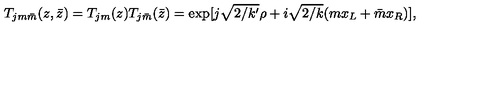
T _ { j m \bar { m } } ( z , \bar { z } ) = T _ { j m } ( z ) T _ { j \bar { m } } ( \bar { z } ) = \exp [ j \sqrt { 2 / k ^ { \prime } } \rho + i \sqrt { 2 / k } ( m x _ { L } + \bar { m } x _ { R } ) ] ,